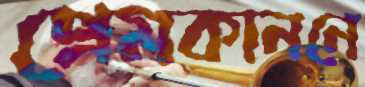
প্রেমকাননে